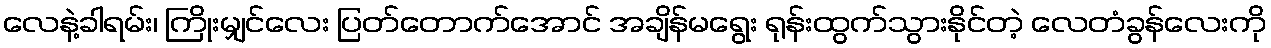
လေနဲ့ခါရမ်း၊ ကြိုးမျှင်လေး ပြတ်တောက်အောင် အချိန်မရွေး ရုန်းထွက်သွားနိုင်တဲ့ လေတံခွန်လေးကို